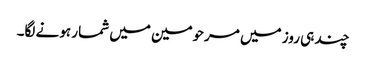
چند ہی روز میں مرحومین میں شمار ہونے لگا۔